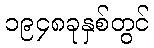
၁၉၄၈ခုနှစ်တွင်